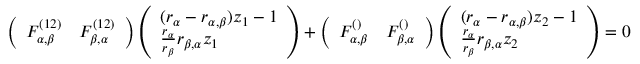
\left( \begin{array} { l l } { F _ { \alpha , \beta } ^ { ( 1 2 ) } } & { F _ { \beta , \alpha } ^ { ( 1 2 ) } } \end{array} \right) \left( \begin{array} { l } { ( r _ { \alpha } - r _ { \alpha , \beta } ) z _ { 1 } - 1 } \\ { \frac { r _ { \alpha } } { r _ { \beta } } r _ { \beta , \alpha } z _ { 1 } } \end{array} \right) + \left( \begin{array} { l l } { F _ { \alpha , \beta } ^ { ( ) } } & { F _ { \beta , \alpha } ^ { ( ) } } \end{array} \right) \left( \begin{array} { l } { ( r _ { \alpha } - r _ { \alpha , \beta } ) z _ { 2 } - 1 } \\ { \frac { r _ { \alpha } } { r _ { \beta } } r _ { \beta , \alpha } z _ { 2 } } \end{array} \right) = 0